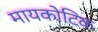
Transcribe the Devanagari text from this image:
मायकोटिक